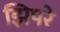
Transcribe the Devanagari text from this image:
झिपरे